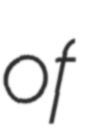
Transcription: of